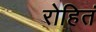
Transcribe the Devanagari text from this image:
रोहितं